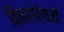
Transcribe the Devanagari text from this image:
विभागांऐवजी